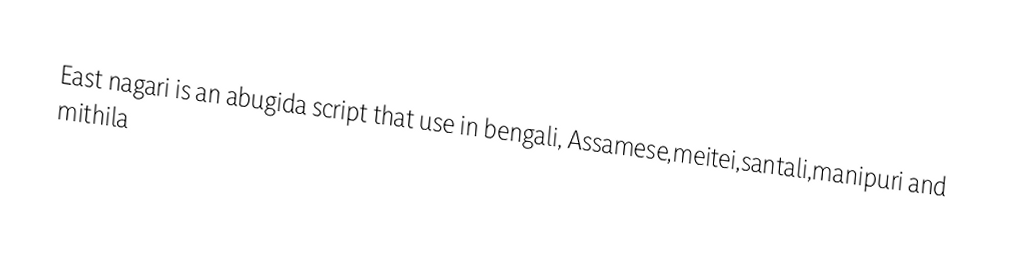
East nagari is an abugida script that use in bengali, Assamese,meitei,santali,manipuri and mithila